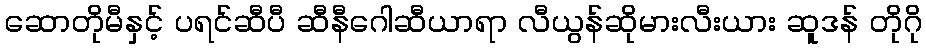
ဆောတိုမီနှင့် ပရင်ဆီပီ ဆီနီဂေါဆီယာရာ လီယွန်ဆိုမားလီးယား ဆူဒန် တိုဂို